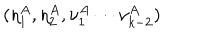
LaTeX: ( \eta _ { 1 } ^ { A } , \eta _ { 2 } ^ { A } , \nu _ { 1 } ^ { A } \cdots \nu _ { k - 2 } ^ { A } )